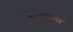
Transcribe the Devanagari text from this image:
बेनिनच्या